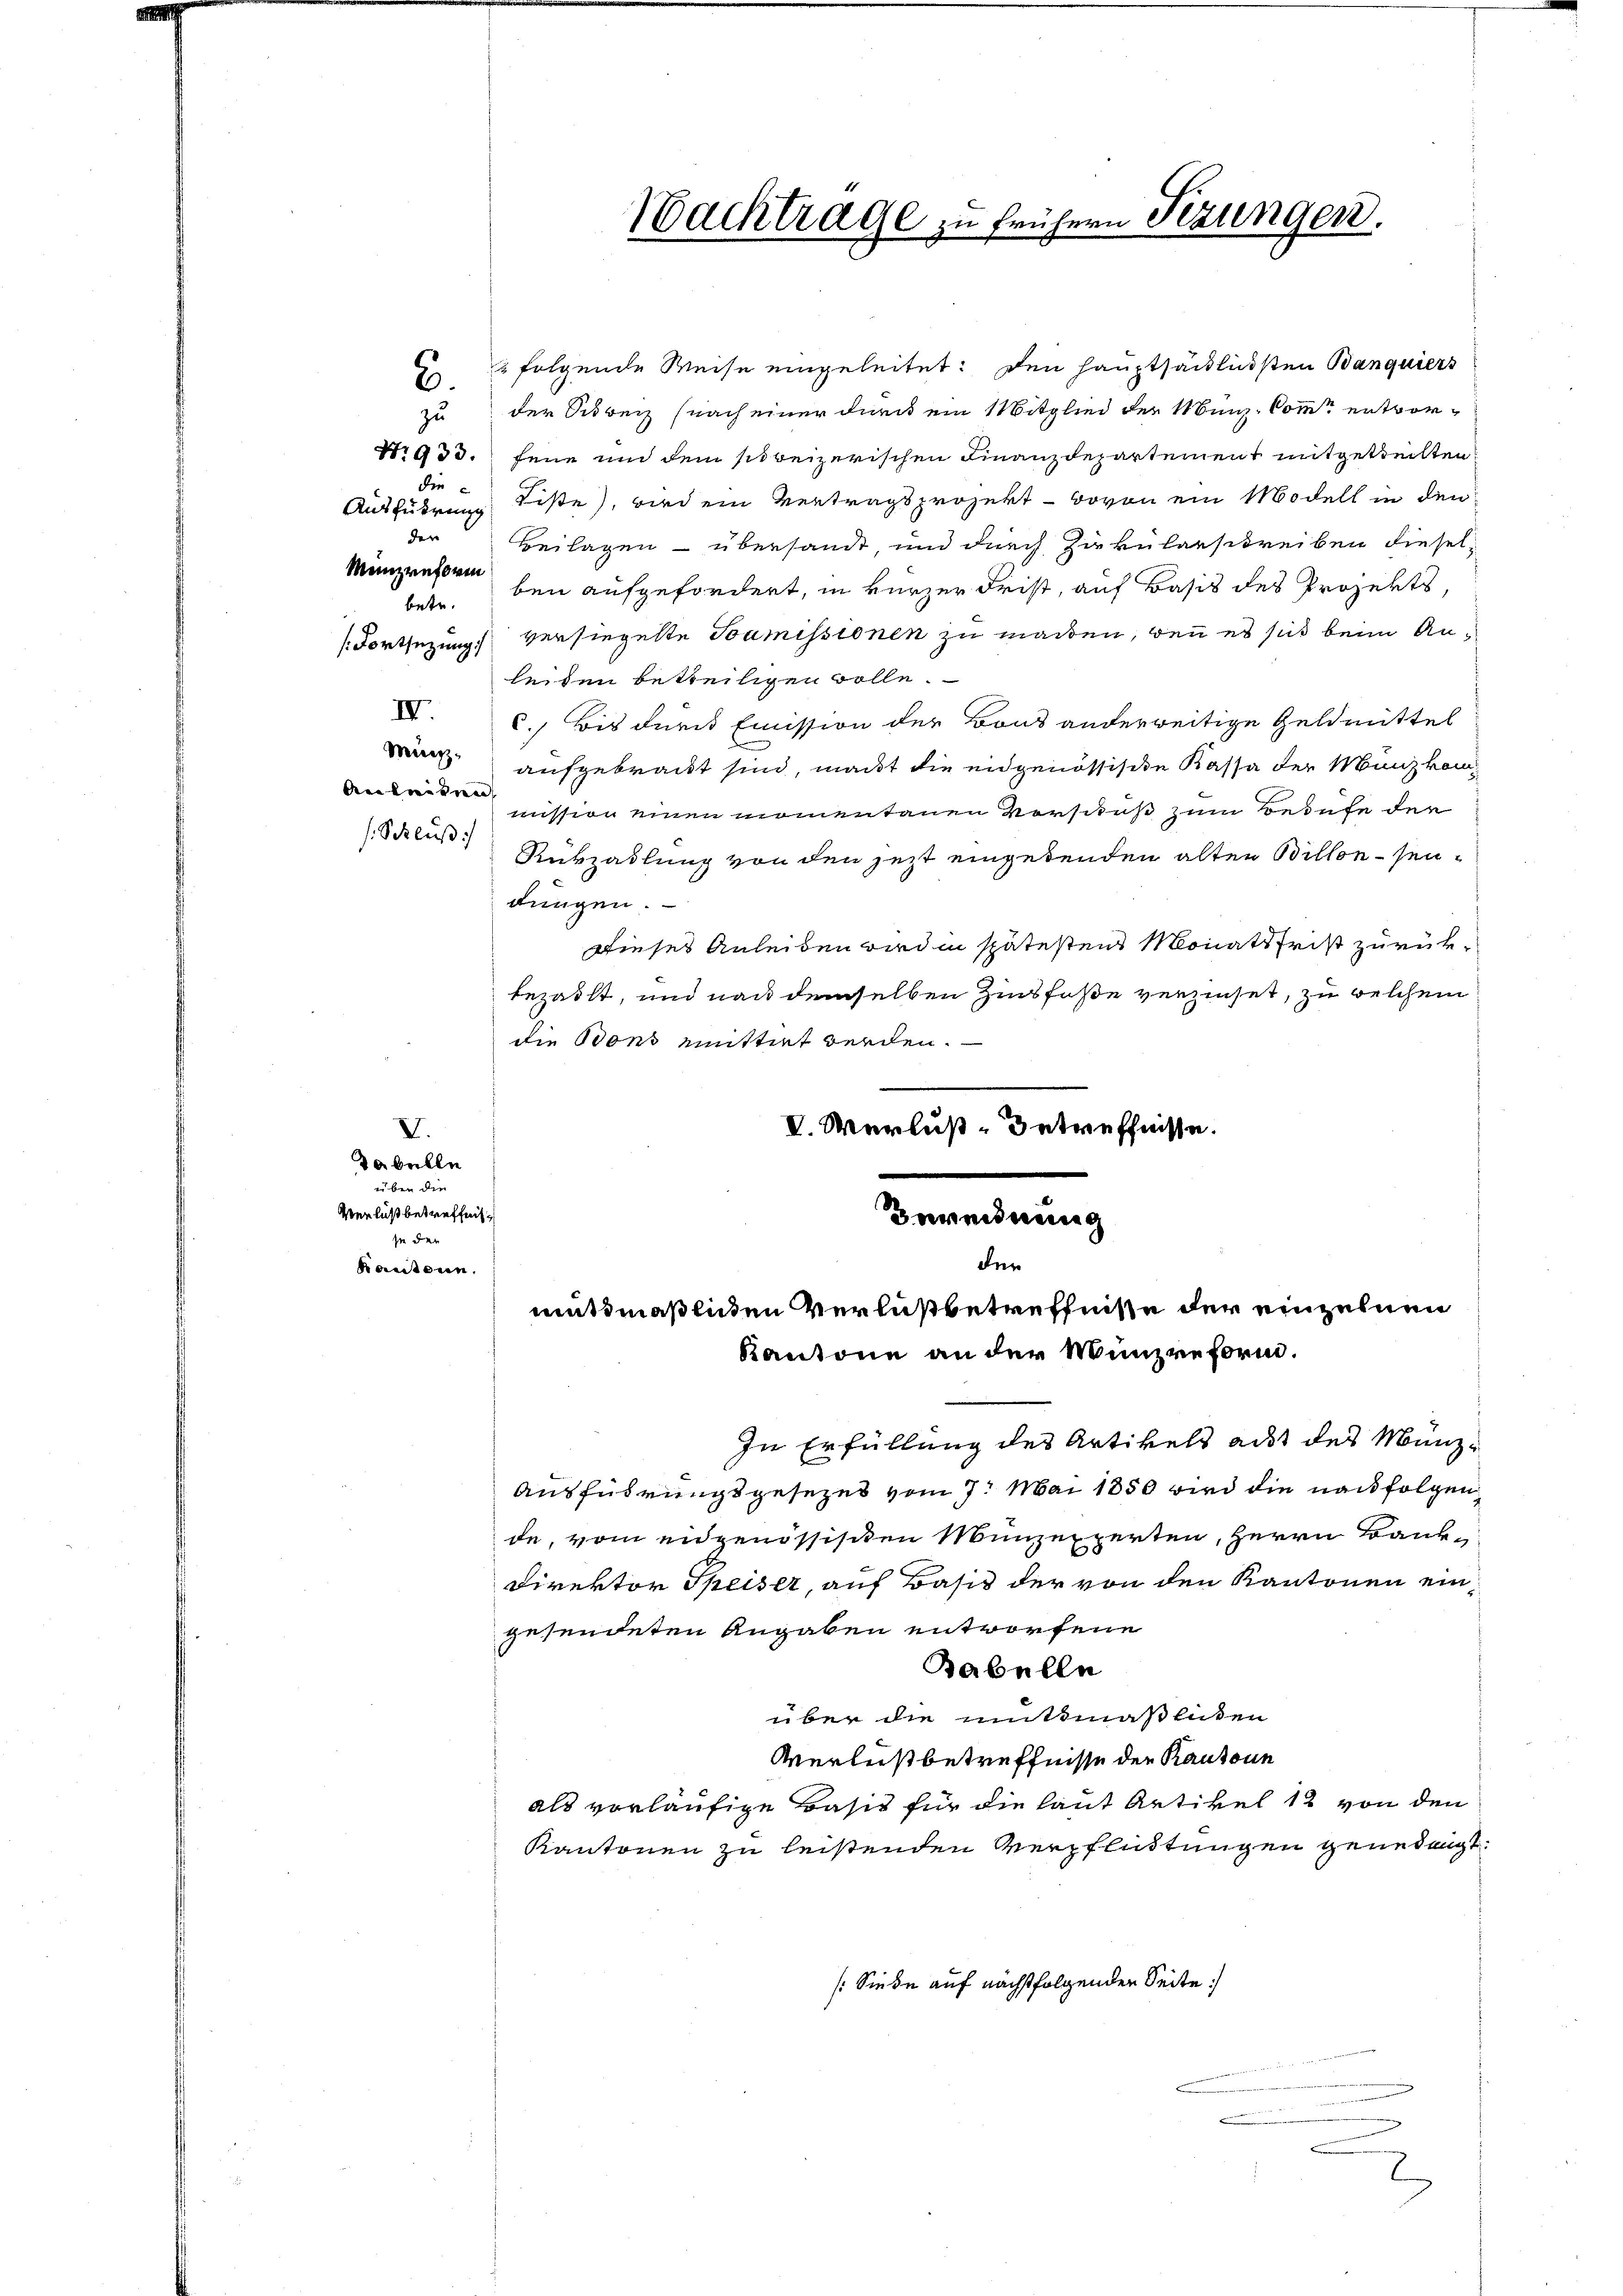
In der

2 folgende Weise eingeleitet: Den Hauptsächlichsten Banquiers
6.
zu der Schreiz (nach einer durch ein Mitglied der Münz-Commt entwor¬
Nr 933. fene und dem sibeizerischen Finanzdepartement mitgetheilten
Ausführung Liste, wird ein Vertragsprojekt - wovon ein Modell in den
der
Beilagen – übersandt, und durch Zirkularschreiben diesel¬
Münzreform
betr. bei aufgefordert, in kurzer Frist, auf Basis des Projekts,
(Fortsezung versiegelte Samissionen zu machen, wenn es sich beim Anleiden betteiligen wolle.
VV. c.) Bis der Emission der Bons anderweitige Geldmittel
wir aufgebracht sind, macht die eidgenössische Kassa der Manzkom¬
Aelnden
mission einen momentanen Vorschuß zum Berufe der
s Schluß)
Rükzadlung von den jezt eingedenden alten Billonsendungen.
Dieses Anleiben wird in spätestens Monatsfrist zurükbezailt, und nach demselben Zinsfuße verzinset, zu welchem
die Bons mittet werden.
V. Verlust-Betreffnisse.
V.
Tabelle
über die
Verlust betreffnis
Beweidnung

pacitonen,

Nachtrage zu frühern Fezungen.

der
muthmaßlichen Verlußbetreffnisse der einzelnen
Kantone an der Münzreform.

In Erfüllung des Artikels ad des Manz¬
Ausführungsgesezes vom 7. Mai 1850 wird die nachfolgende, vom eidgenössischen Münzexperten, Herrn Bank¬
Direktor Speiser, auf Basis der von den Kantonen eingesendeten Angaben entworfene
Babelln
über die mitsmaßlichen
Verlustbetreffnisse der Kantone
als vorläufige Basis für die laut Artikel 12 von den
Kantonen zu leistenden Verpflüdtungen genehmigt.
/Siebe auf nächstfolgenden Seite: